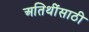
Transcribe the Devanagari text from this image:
अतिथींसाठी